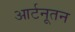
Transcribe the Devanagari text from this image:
आर्टनूतन